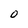
Character: O